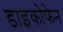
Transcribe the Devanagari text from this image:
डाइकोफेन